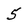
Character: 5